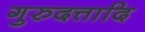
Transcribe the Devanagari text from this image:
गुरुदत्तादि